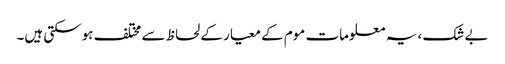
بے شک ، یہ معلومات موم کے معیار کے لحاظ سے مختلف ہوسکتی ہیں۔